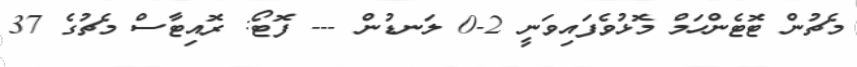
މެޗުން ޓޮޓެންހަމް މޮޅުވެފައިވަނީ 2-0 ލަނޑުން --- ފޮޓޯ: ރޮއިޓާސް މެޗުގެ 37